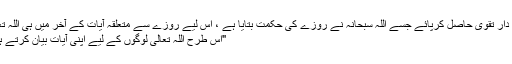
یہ سب اس لیے ہے تاکہ روزہ دار تقویٰ حاصل کرپائے جسے اللہ سبحانہ نے روزے کی حکمت بتایا ہے ، اس لیے روزے سے متعلقہ آیات کے آخر میں ہی اللہ تعالیٰ کا یہ قول مبارک آیا ہے :
"اس طرح اللہ تعالیٰ لوگوں کے لیے اپنی آیات بیان کرتے ہیں تاکہ وہ تقویٰ اختیار کریں"۔